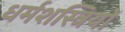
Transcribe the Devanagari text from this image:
धर्मशस्त्रियों